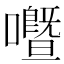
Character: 𡃢